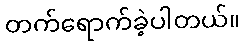
တက်ရောက်ခဲ့ပါတယ်။